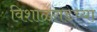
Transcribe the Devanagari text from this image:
विशाळगडच्या